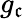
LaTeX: g_{\mathfrak{c}}